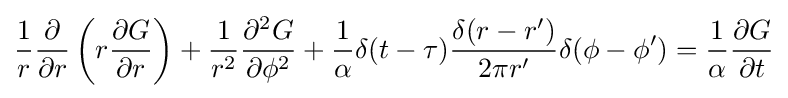
{\frac {1}{r}}{\frac {\partial }{\partial r}}\left(r{\frac {\partial G}{\partial r}}\right)+{\frac {1}{r^{2}}}{\frac {\partial ^{2}G}{\partial \phi ^{2}}}+{\frac {1}{\alpha }}\delta (t-\tau ){\frac {\delta (r-r')}{2\pi r'}}\delta (\phi -\phi ')={\frac {1}{\alpha }}{\frac {\partial G}{\partial t}}